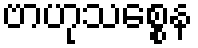
ဗာဟုသစ္စေန